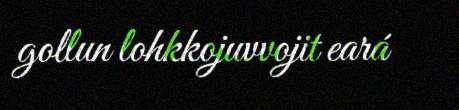
gollun lohkkojuvvojit eará